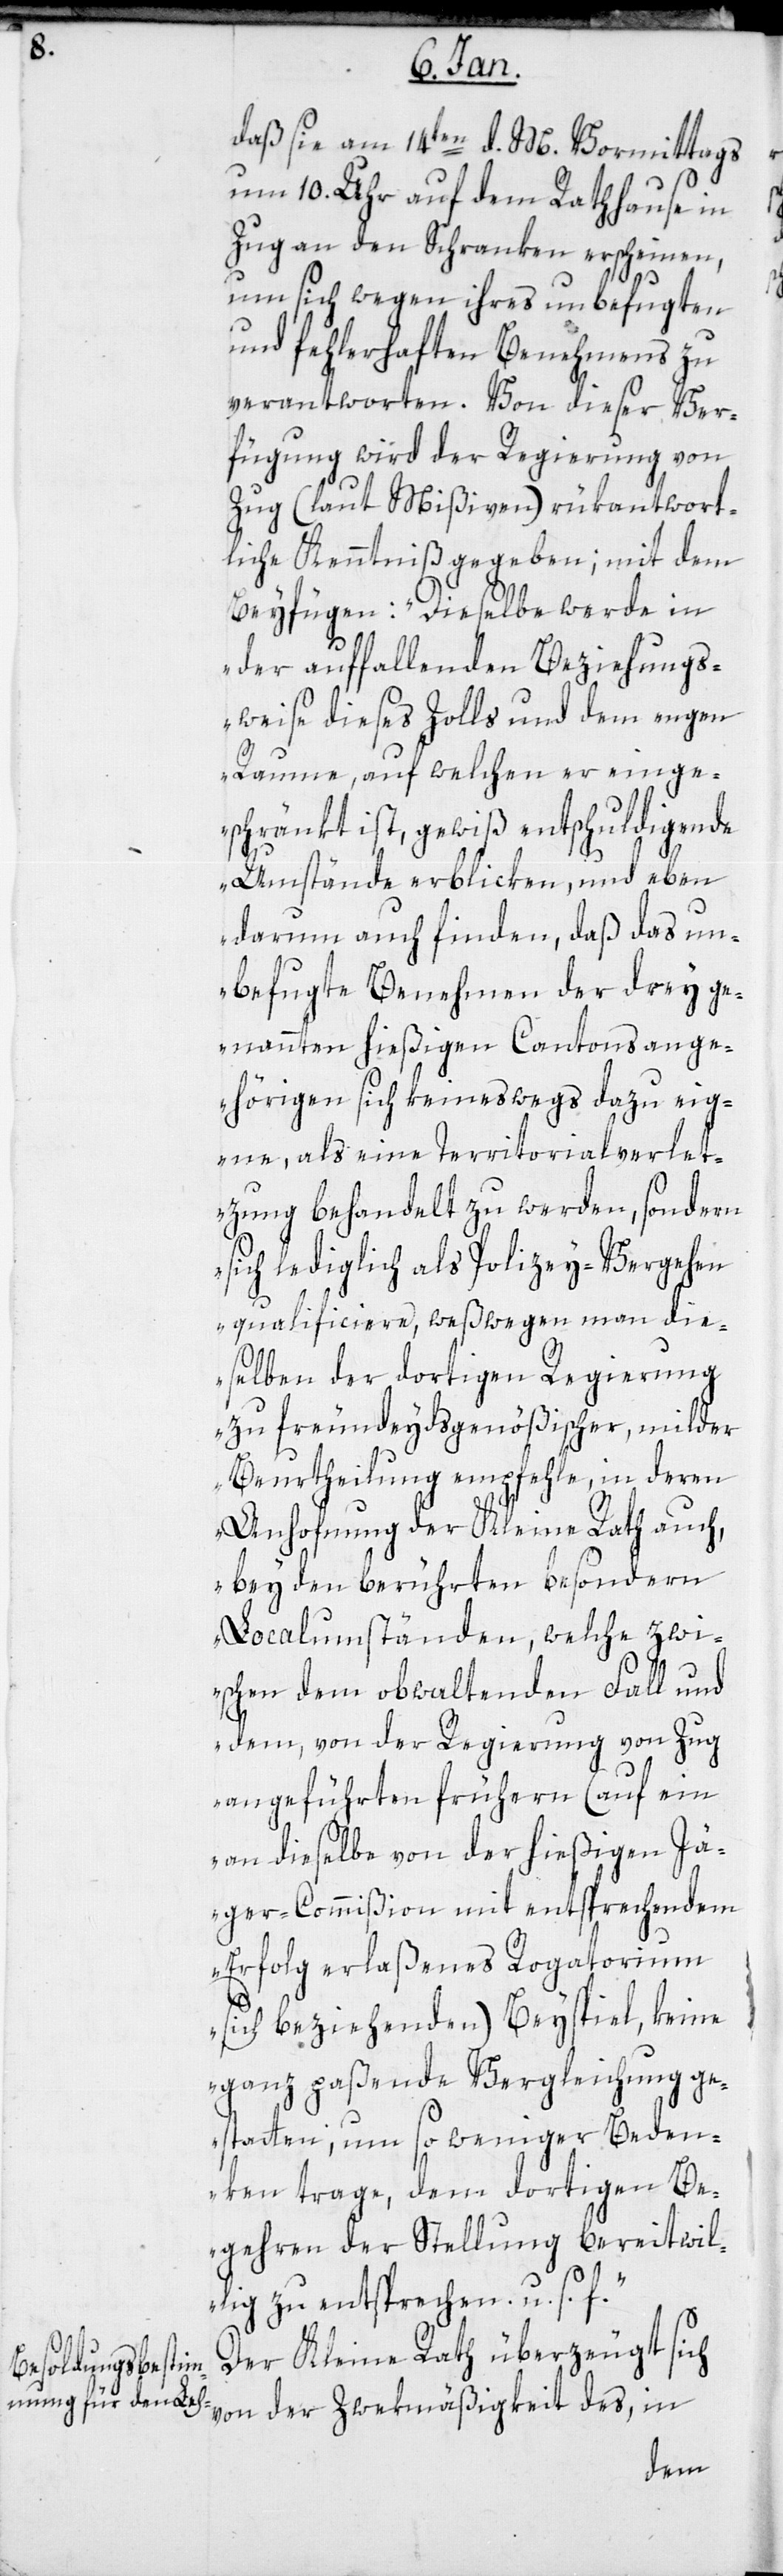
daß sie am 14ten d. M. vormittags
um 10. Uhr auf dem Rathause in
Zug an den Schranken erscheinen,
um sich wegen ihres unbefugten
und fehlerhaften Benehmens zu
verantworten. Von dieser Ver¬
fügung wird der Regierung von
Zug (laut Mißiven) rückantwort¬
liche Kenntniß gegeben; mit dem
Beifügen: „Dieselbe werde in
der auffallenden Beziehungs¬
weise dieses Zolls und dem engen
Raume, auf welchen er einge¬
schränkt ist, gewiß entschuldigende
Umstände erblicken, und eben
darum auch finden, daß das un¬
befugte Benehmen der drey ge¬
nannten hießigen Cantonsange¬
hörigen sich keineswegs dazu eig¬
ne, als eine Territorialverlet¬
zung behandelt zu werden, sondern
sich lediglich als Polizey-Vergehen
qualificiere, weßwegen man die¬
selben der dortigen Regierung
zu freundeidsgenößischer, milder
Beurtheilung empfehle, in deren
Anhofnung der Kleine Rath auch,
bey den berührten besondern
Localumständen, welche zwi¬
schen dem obwaltenden Fall und
dem, von der Regierung von Zug
angeführten frühern (auf ein
an dieselbe von der hießigen Jä¬
ger-Commißion mit entsprechendem
Erfolg erlaßenes Rogatorium
sich beziehenden) Beyspiel, keine
ganz paßende Vergleichung ge¬
statten, um so weniger Beden¬
ken trage, dem dortigen Be¬
gehren der Stellung bereitwil¬
lig zu entsprechen u. s. f.“.
Der Kleine Rath überzeugt sich
von der Zweckmässigkeit des, in